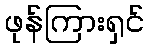
ဖုန်ကြားရှင်